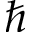
\hbar